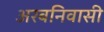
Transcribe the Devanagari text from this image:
अरबनिवासी